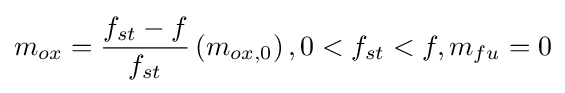
m_{ox}={\frac {f_{st}-f}{f_{st}}}\left(m_{ox,0}\right),0<f_{st}<f,m_{fu}=0